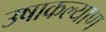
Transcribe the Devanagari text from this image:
उषाकल्याण